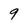
Character: 9